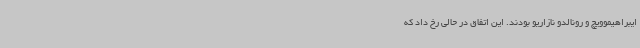
ایبراهیموویچ و رونالدو نازاریو بودند. این اتفاق در حالی رخ داد که